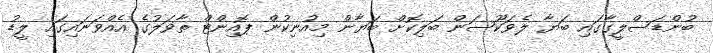
ބުންޑަސްލީގާގައި ބަޔާ ލެވަކޫސަން ބަލިކޮށް ބަޔާން މިއުނިކުން ޕޮއިންޓް ތާވަލުގެ އެއްވަނައިގައި ލީޑު